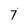
Character: 7